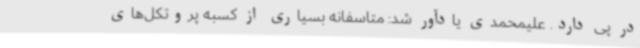
در پی دارد. علیمحمدی یادآور شد: متاسفانه بسیاری از کسبه پروتکل‌های